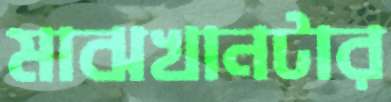
মাঝখানটার